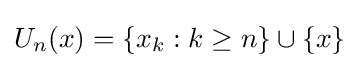
U_{n}(x)=\{x_{k}:k\geq n\}\cup \{x\}